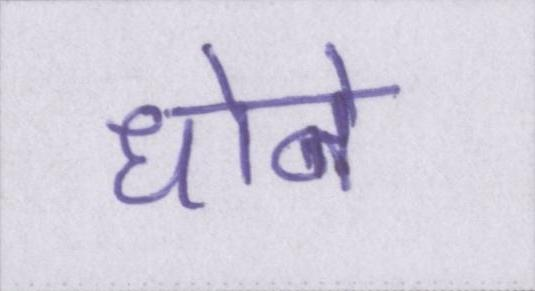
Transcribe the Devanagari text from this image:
धोने